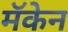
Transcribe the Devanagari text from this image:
मॅकेन